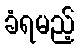
ခံရမည့်